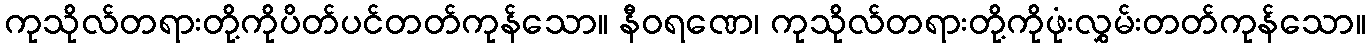
ကုသိုလ်တရားတို့ကိုပိတ်ပင်တတ်ကုန်သော။ နီဝရဏေ၊ ကုသိုလ်တရားတို့ကိုဖုံးလွှမ်းတတ်ကုန်သော။